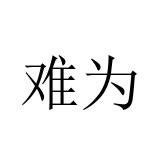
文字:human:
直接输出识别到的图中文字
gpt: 难为